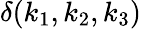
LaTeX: \delta(k_{1},k_{2},k_{3})